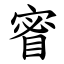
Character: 䁇